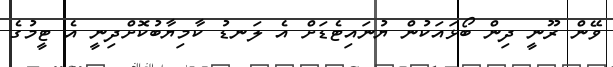
ވޭން ރޫނީ ދިން ބޯޅައަކުން ޔުނައިޓެޑަށް އެ ލަނޑު ކާމިޔާބުކޮށްދިނީ އެ ޓީމުގެ